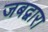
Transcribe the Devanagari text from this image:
जबद्वारा